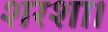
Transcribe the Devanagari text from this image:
शरशा।